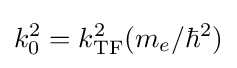
k_{0}^{2}=k_{\rm {TF}}^{2}(m_{e}/\hbar ^{2})